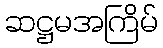
ဆဋ္ဌမအကြိမ်